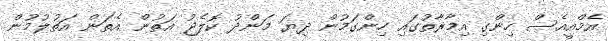
އެމްއީއެސް ހިންގި އިމާރާތުގައި ހިންގަމުން ދިޔަ މަންދު ކޮލެޖު އަތުން އެތަން އަތުލުމުން